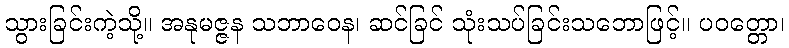
သွားခြင်းကဲ့သို့။ အနုမဇ္ဇန သဘာဝေန၊ ဆင်ခြင် သုံးသပ်ခြင်းသဘောဖြင့်။ ပဝတ္တော၊